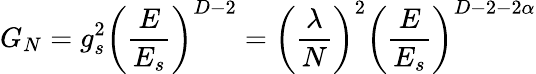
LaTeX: G_{N}=g_{s}^{2}\left({\frac{E}{E_{s}}}\right)^{D-2}=\left({\frac{\lambda}{N}}\right)^{2}\left({\frac{E}{E_{s}}}\right)^{D-2-2\alpha}